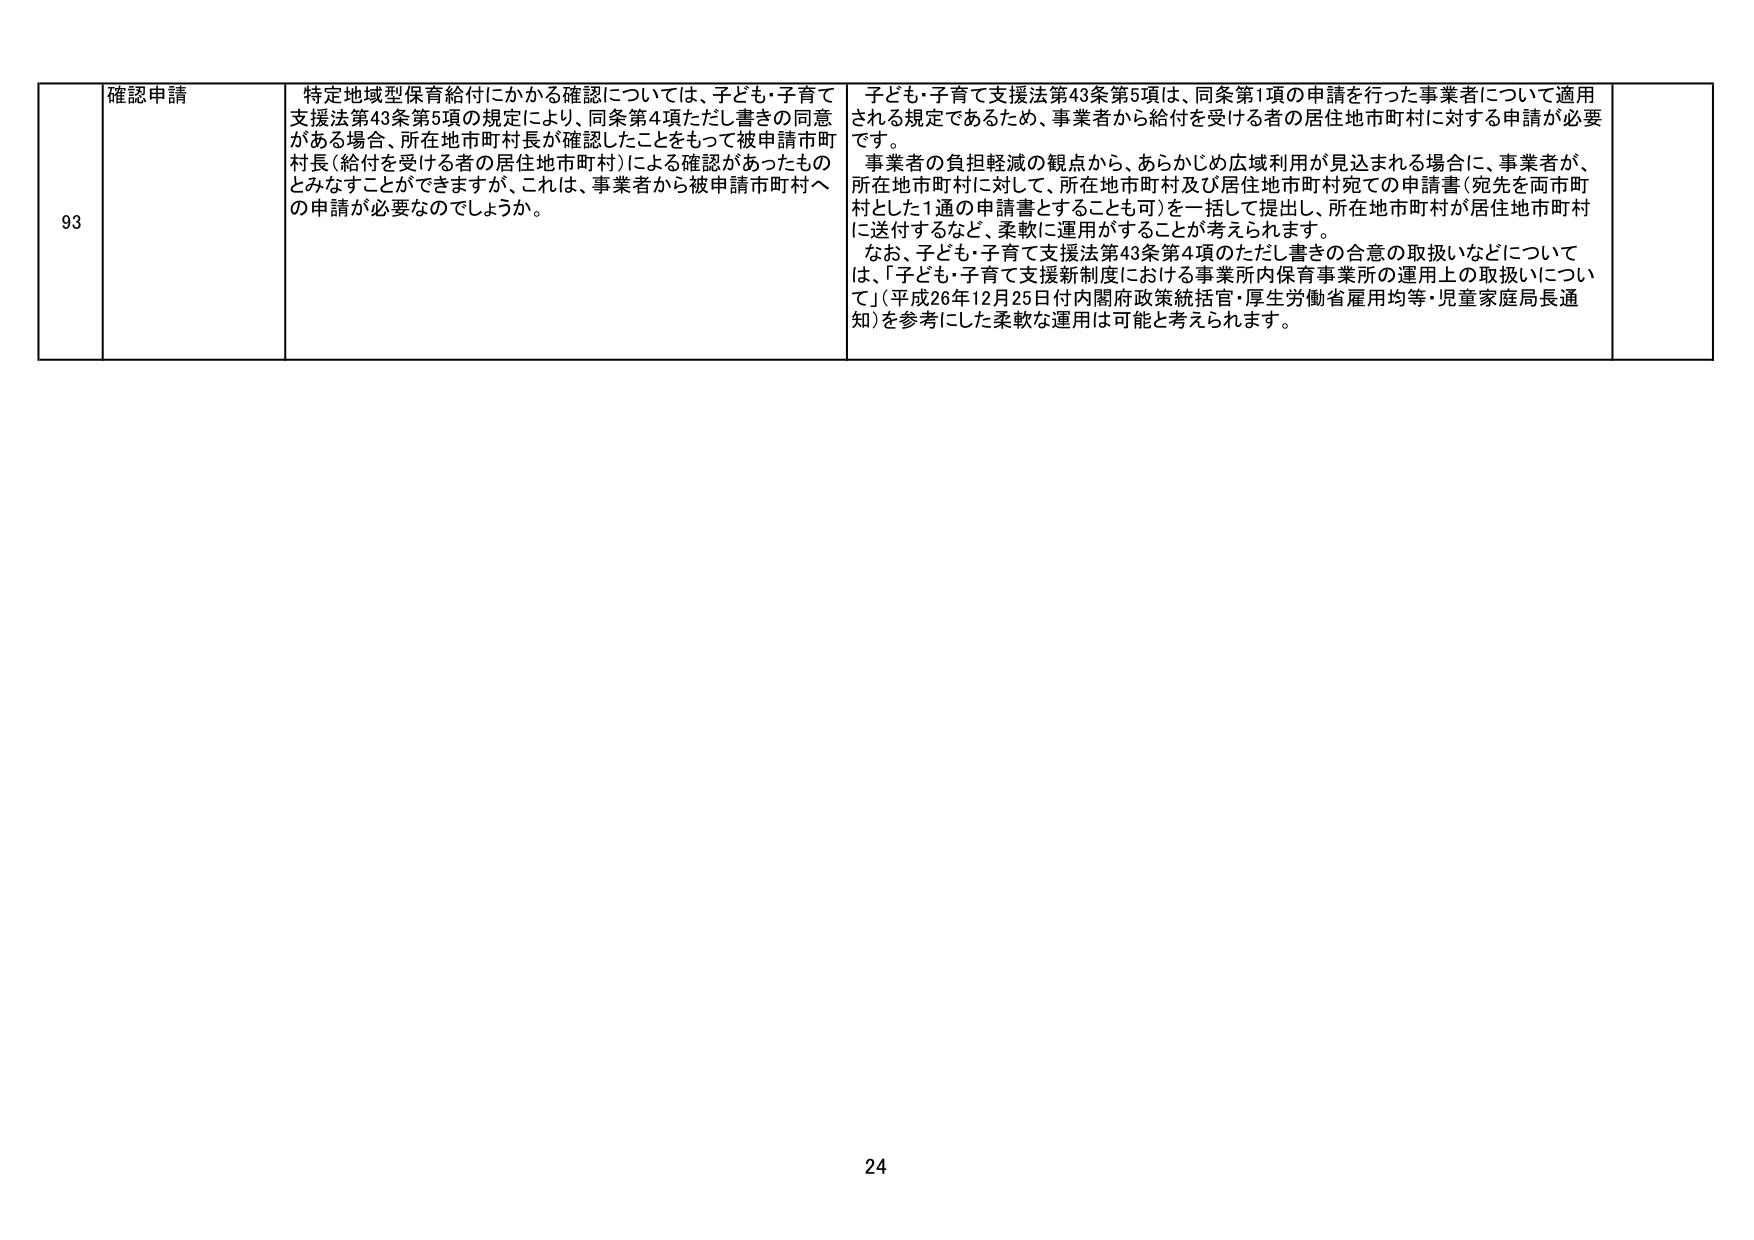
93 確認申請 特定地域型保育給付にかかる確認については、子ども・子育て支援法第43条第5項の規定により、同条第4項ただし書きの同意がある場合、所在地市町村長が確認したことをもって被申請市町村長（給付を受ける者の居住地市町村）による確認があったものとみなすことができますが、これは、事業者から被申請市町村への申請が必要なのでしょうか。 子ども・子育て支援法第43条第5項は、同条第1項の申請を行った事業者について適用される規定であるため、事業者から給付を受ける者の居住地市町村に対する申請が必要です。 事業者の負担軽減の観点から、あらかじめ広域利用が見込まれる場合に、事業者が、所在地市町村に対して、所在地市町村及び居住地市町村宛ての申請書（宛先を両市町村とした1通の申請書とすることも可）を一括して提出し、所在地市町村が居住地市町村に送付するなど、柔軟に運用することが考えられます。 なお、子ども・子育て支援法第43条第4項のただし書きの合意の取扱いなどについては、「子ども・子育て支援新制度における事業所内保育事業所の運用上の取扱いについて」（平成26年12月25日付内閣府政策統括官・厚生労働省雇用均等・児童家庭局長通知）を参考にした柔軟な運用は可能と考えられます。 24